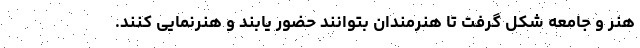
هنر و جامعه شکل گرفت تا هنرمندان بتوانند حضور یابند و هنرنمایی کنند.